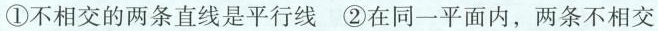
①不相交的两条直线是平行线 ②在同一平面内，两条不相交